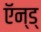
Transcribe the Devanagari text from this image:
ऍन्ड्